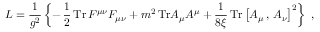
{ \cal L } = \frac { 1 } { g ^ { 2 } } \left\{ - \, \frac { 1 } { 2 } \, \mathrm { T r } \, F ^ { \mu \nu } F _ { \mu \nu } + m ^ { 2 } \, \mathrm { T r } A _ { \mu } A ^ { \mu } + \frac { 1 } { 8 \xi } \, \mathrm { T r } \left[ A _ { \mu } \, , \, A _ { \nu } \right] ^ { 2 } \right\} \ ,